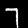
Label: 7